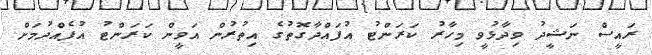
ރައީސް ނަޝީދު ވިދާޅުވީ މިހާރު ކަރަންޓު އުފައްދާގޮތުގެ އިތުރުން އަވީން ކަރަންޓު އުފެއްދުމަށް